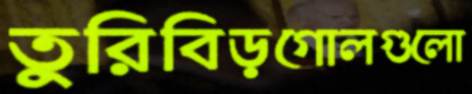
তুরিবিড়গোলগুলো